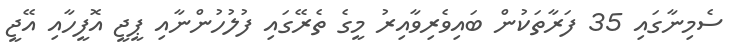
ސެމިނާގައި 35 ފަރާތަކުން ބައިވެރިވާއިރު މީގެ ތެރޭގައި ފުލުހުންނާއި ޕީޖީ އޮފީހާއި އޭޖީ